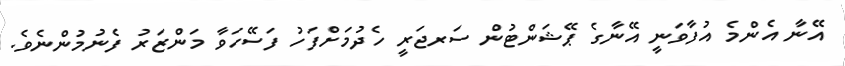
އޭނާ އެންމެ އުފާވަނީ އޭނާގެ ޕޭޝަންޓުން ސަރޖަރީ ހެދުމަށްފަހު ފަސޭހަވާ މަންޒަރު ފެނުމުންނެވެ.